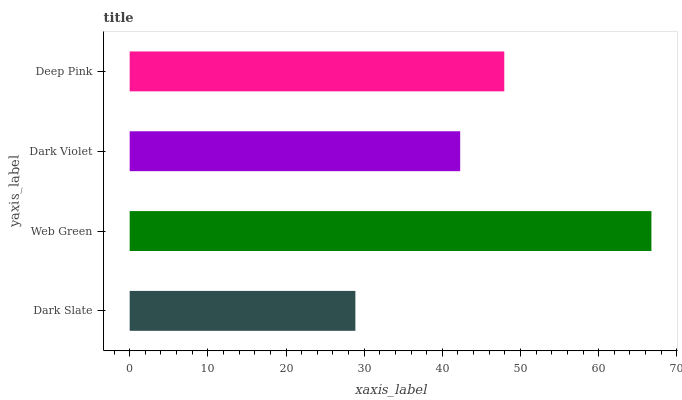
| yaxis_label | bars |
 | --- | --- |
 | Dark Slate | 28.9 |
 | Web Green | 66.7 |
 | Dark Violet | 42.3 |
 | Deep Pink | 47.9 |